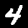
Label: 4